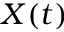
X ( t )